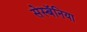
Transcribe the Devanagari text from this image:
सेस्बॅनिया